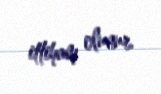
ittiham olunur.